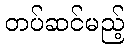
တပ်ဆင်မည့်